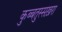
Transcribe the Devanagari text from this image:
कुब्बतुस्सख़रा